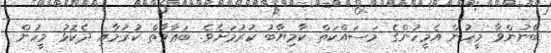
ބޭނުންވާ މީހުން އެމީހުންގެ މަސައްކަތް ކާމިޔާބު ކުރުމަށެވެ. ބަޢާވާތް ކުރުމާއި ދެކޮޅު މީހުން